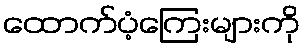
ထောက်ပံ့ကြေးများကို